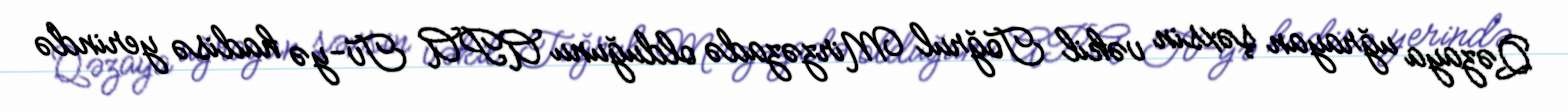
Qəzaya uğrayan şəxsin vəkil Toğrul Mirzəzadə olduğunu APA Tv-yə hadisə yerində